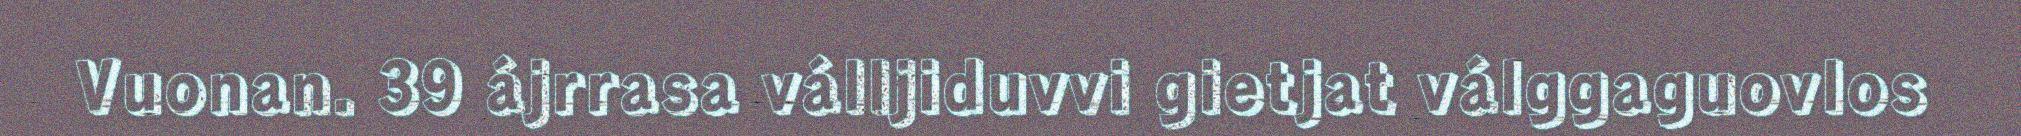
Vuonan. 39 ájrrasa válljiduvvi gietjat válggaguovlos